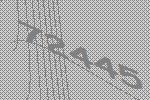
72445